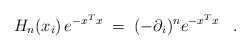
LaTeX: \begin{align*}H_n(x_i) \, e^{-x^Tx} \;=\; (-\partial_i)^n e^{-x^Tx} \;\;\;.\end{align*}